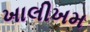
ખાલીખમ